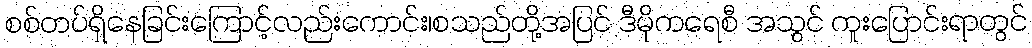
စစ်တပ်ရှိနေခြင်းကြောင့်လည်းကောင်း၊စသည်တို့အပြင် ဒီမိုကရေစီ အသွင် ကူးပြောင်းရာတွင်